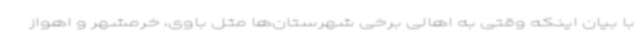
با بیان اینکه وقتی به اهالی برخی شهرستان‌ها مثل باوی، خرمشهر و اهواز